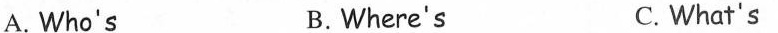
A. Who's B.Where's C. What's